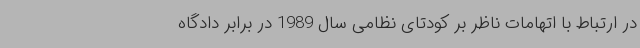
در ارتباط با اتهامات ناظر بر کودتای نظامی سال 1989 در برابر دادگاه